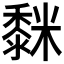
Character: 𮮒